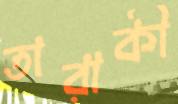
তারাকী